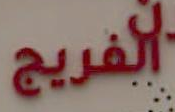
الفريج